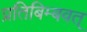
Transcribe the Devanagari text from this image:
प्रतिबिम्बवत्